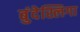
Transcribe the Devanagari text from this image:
बुंदेस्लिगा